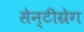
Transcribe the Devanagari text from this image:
सेन्टीग्रेग